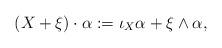
LaTeX: \begin{align*}(X + \xi ) \cdot \alpha := \iota_{X}\alpha + \xi \wedge \alpha, \end{align*}